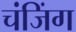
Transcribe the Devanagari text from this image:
चंजिंग